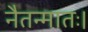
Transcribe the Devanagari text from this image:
नैतन्मातः।